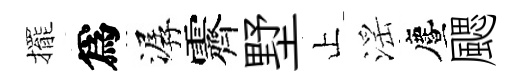
擺爲潺霽墅止滛󵨌颸